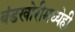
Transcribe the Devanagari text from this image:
बंडखोरीमध्येही